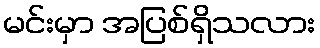
မင်းမှာ အပြစ်ရှိသလား